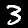
Label: 3